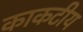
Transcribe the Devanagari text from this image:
काकटीय